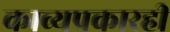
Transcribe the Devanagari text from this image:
काव्यप्रकारही